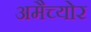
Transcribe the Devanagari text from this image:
अमैच्योर